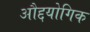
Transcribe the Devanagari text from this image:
औद्दयोगिक